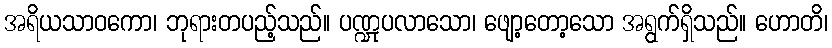
အရိယသာဝကော၊ ဘုရားတပည့်သည်။ ပဏ္ဍုပလာသော၊ ဖျော့တော့သော အရွက်ရှိသည်။ ဟောတိ၊